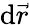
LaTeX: \mathrm{d}\vec{{r}}